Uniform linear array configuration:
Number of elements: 12
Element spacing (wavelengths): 0.25
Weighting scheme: uniform
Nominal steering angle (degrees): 45
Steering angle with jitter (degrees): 44.881
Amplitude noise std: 0.05
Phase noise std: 0.05

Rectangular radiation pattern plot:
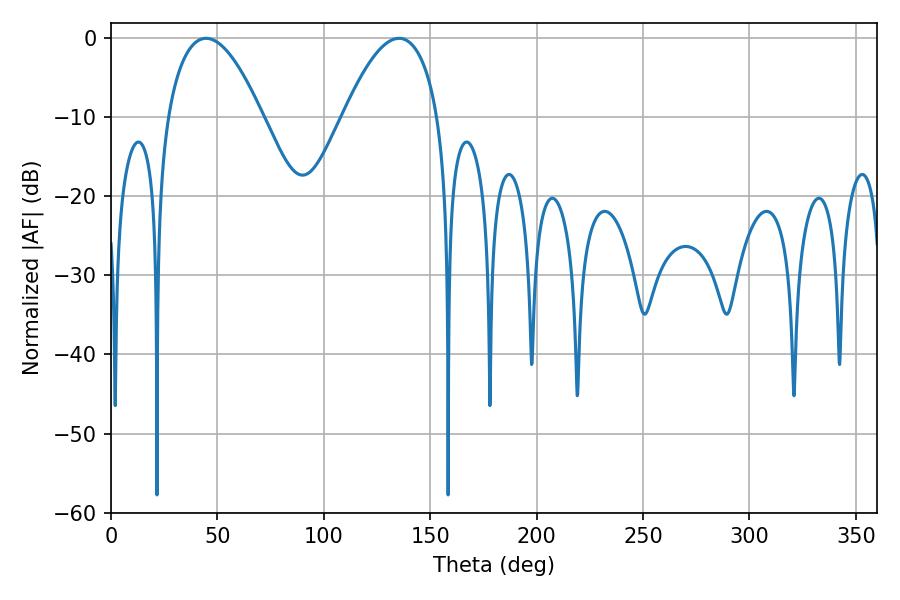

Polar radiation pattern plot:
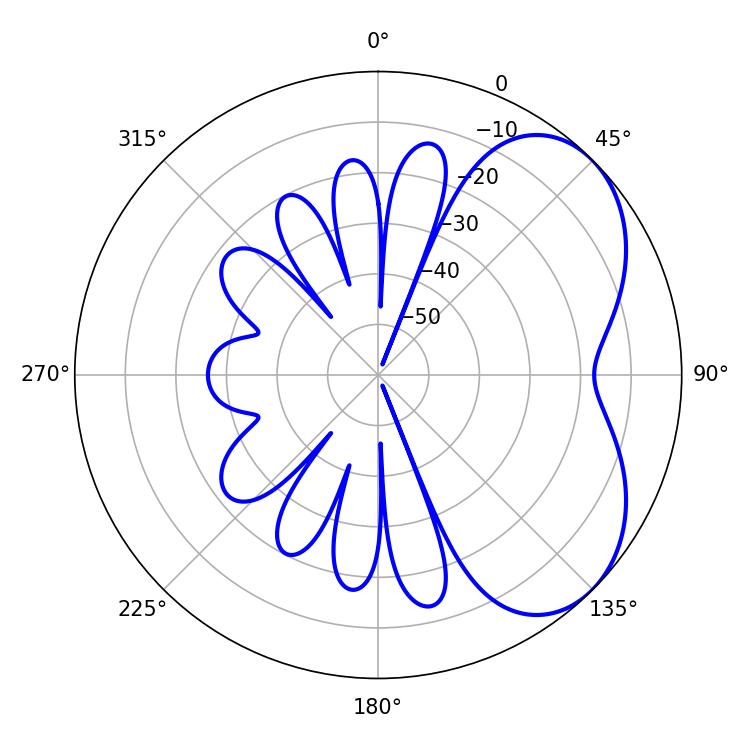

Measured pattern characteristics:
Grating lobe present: FALSE
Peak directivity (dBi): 4.749
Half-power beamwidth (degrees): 24.66
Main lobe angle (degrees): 44.64